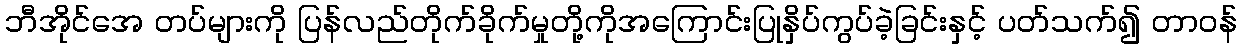
ဘီအိုင်အေ တပ်များကို ပြန်လည်တိုက်ခိုက်မှုတို့ကိုအကြောင်းပြုနှိပ်ကွပ်ခဲ့ခြင်းနှင့် ပတ်သက်၍ တာဝန်